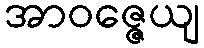
အာဝဇ္ဇေယျ